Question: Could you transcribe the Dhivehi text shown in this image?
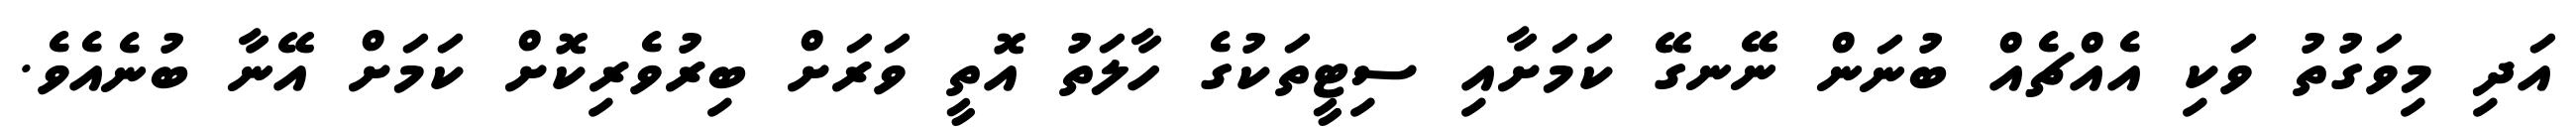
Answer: އަދި މިވަގުތު ވަކި އެއްޗެއް ބުނަން ނޭނގޭ ކަމަށާއި ސިޓީތަކުގެ ހާލަތު އޮތީ ވަރަށް ބިރުވެރިކޮށް ކަމަށް އޭނާ ބުނެއެވެ.